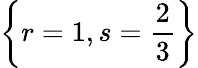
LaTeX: \left\lbrace r=1,s=\frac{2}{3}\right\rbrace